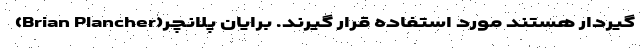
گیردار هستند مورد استفاده قرار گیرند. برایان پلانچر(Brian Plancher)